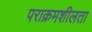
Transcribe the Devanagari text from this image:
पराक्रमशीलता